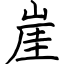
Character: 崖